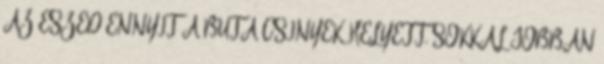
AZ ESZED ENNYIT A BUTA CSÍNYEK HELYETT, SOKKAL JOBBAN